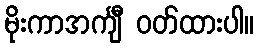
မိုးကာအင်္ကျီ ဝတ်ထားပါ။